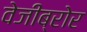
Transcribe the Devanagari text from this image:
वेजीब्रोर